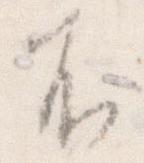
不